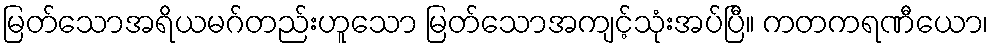
မြတ်သောအရိယမဂ်တည်းဟူသော မြတ်သောအကျင့်သုံးအပ်ပြီ။ ကတကရဏီယော၊